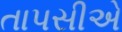
તાપસીએ